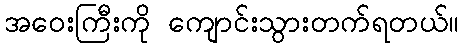
အဝေးကြီးကို ကျောင်းသွားတက်ရတယ်။